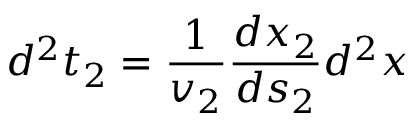
d ^ { 2 } t _ { 2 } = { \frac { 1 } { v _ { 2 } } } { \frac { d x _ { 2 } } { d s _ { 2 } } } d ^ { 2 } x